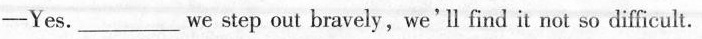
-Yes.___we step out bravely, we'll find it not so difficult.